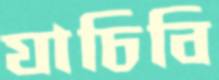
যাচিবি